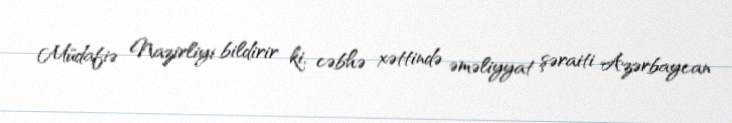
Müdafiə Nazirliyi bildirir ki, cəbhə xəttində əməliyyat şəraiti Azərbaycan